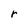
Character: r